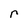
Character: r